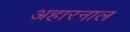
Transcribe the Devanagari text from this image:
अहारनाल